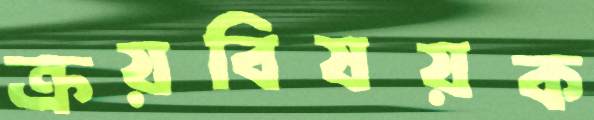
ক্রয়বিষয়ক